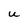
Character: U